Malaria in India - Number 2
Disease focus: Malaria
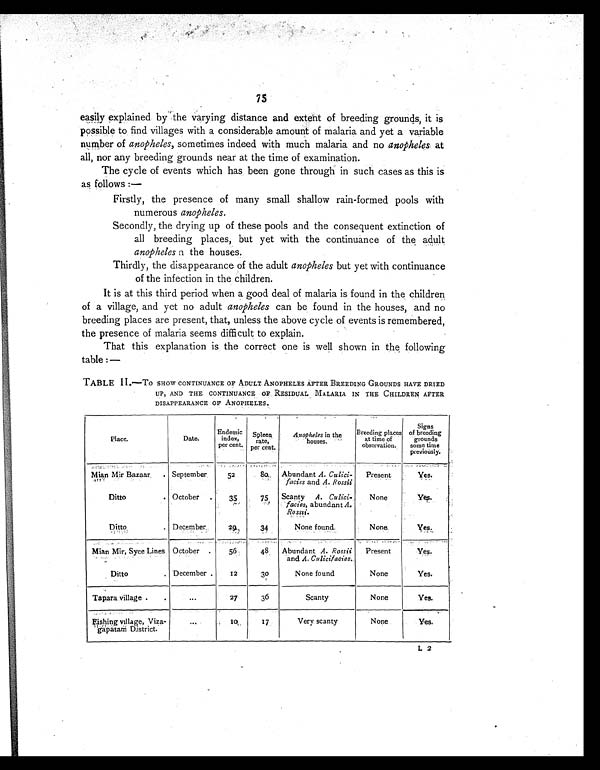
75
easily explained by the varying distance and extent of breeding grounds, it is
possible to find villages with a considerable amount of malaria and yet a variable
number of anopheles, sometimes indeed with much malaria and no anopheles at
all, nor any breeding grounds near at the time of examination.
The cycle of events which has been gone through in such cases as this is
as follows :—
Firstly, the presence of many small shallow rain-formed pools with
numerous anopheles .
Secondly, the drying up of these pools and the consequent extinction of
all breeding places, but yet with the continuance of the adult
anopheles n the houses.
Thirdly, the disappearance of the adult anopheles but yet with continuance
of the infection in the children.
It is at this third period when a good deal of malaria is found in the children
of a village, and yet no adult anopheles can be found in the houses, and no
breeding places are present, that, unless the above cycle of events is remembered,
the presence of malaria seems difficult to explain.
That this explanation is the correct one is well shown in the, following
table :—
TABLE II.—To SHOW CONTINUANCE OF ADULT ANOPHELES AFTER BREEDING GROUNDS HAVE DRIED
UP, AND THE CONTINUANCE OF RESIDUAL MALARIA IN THE CHILDREN AFTER
DISAPPEARANCE OF ANOPHELES.
Place.
Date.
Endemic
index,
per cent.
Spleen
rate,
per cent.
Anopheles in the
houses.
Breeding places
at time of
observation.
Signs
of breeding
grounds
some time
previously.
Mian Mir Bazaar
September
52
80 Abundant A. Culici-
facies and A. Rossii
Present.
Yes.
Ditto
October
35
75 Scanty A . Culici-
facies, abundant A.
Rossii.
None
Yes
Ditto
December
29
34
None found
None
Y e s
Mian Mir, Syce Lines October
56
48 Abundant A. Rossii
and A. Culicifacies.
Present
Yes.
Ditto
December
12
3 0
None found
None
Yes.
Tapara village
...
27
36
Scanty
None
Yes.
Fishing village, Viza-
gapatam District.
...
1 0
17
Very scanty
None
Y e s .
L 2